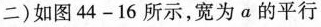
二)如图44-16所示，宽为a的平行